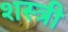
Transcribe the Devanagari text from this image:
शस्त्री